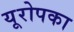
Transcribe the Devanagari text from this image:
यूरोपका